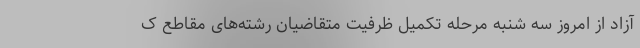
آزاد از امروز سه شنبه مرحله تکمیل ظرفیت متقاضیان رشته‌های مقاطع ک